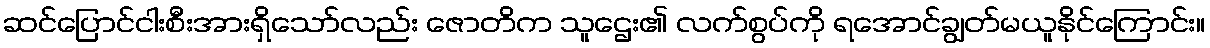
ဆင်ပြောင်ငါးစီးအားရှိသော်လည်း ဇောတိက သူဌေး၏ လက်စွပ်ကို ရအောင်ချွတ်မယူနိုင်ကြောင်း။